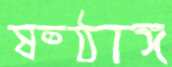
ষষ্ঠাঙ্গ